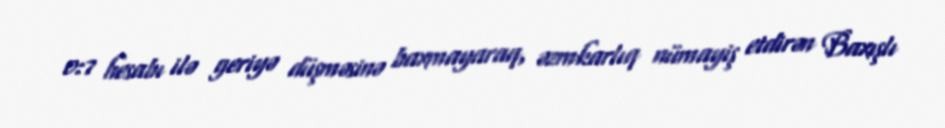
0:7 hesabı ilə geriyə düşməsinə baxmayaraq, əzmkarlıq nümayiş etdirən Baxışlı